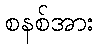
စနစ်အား